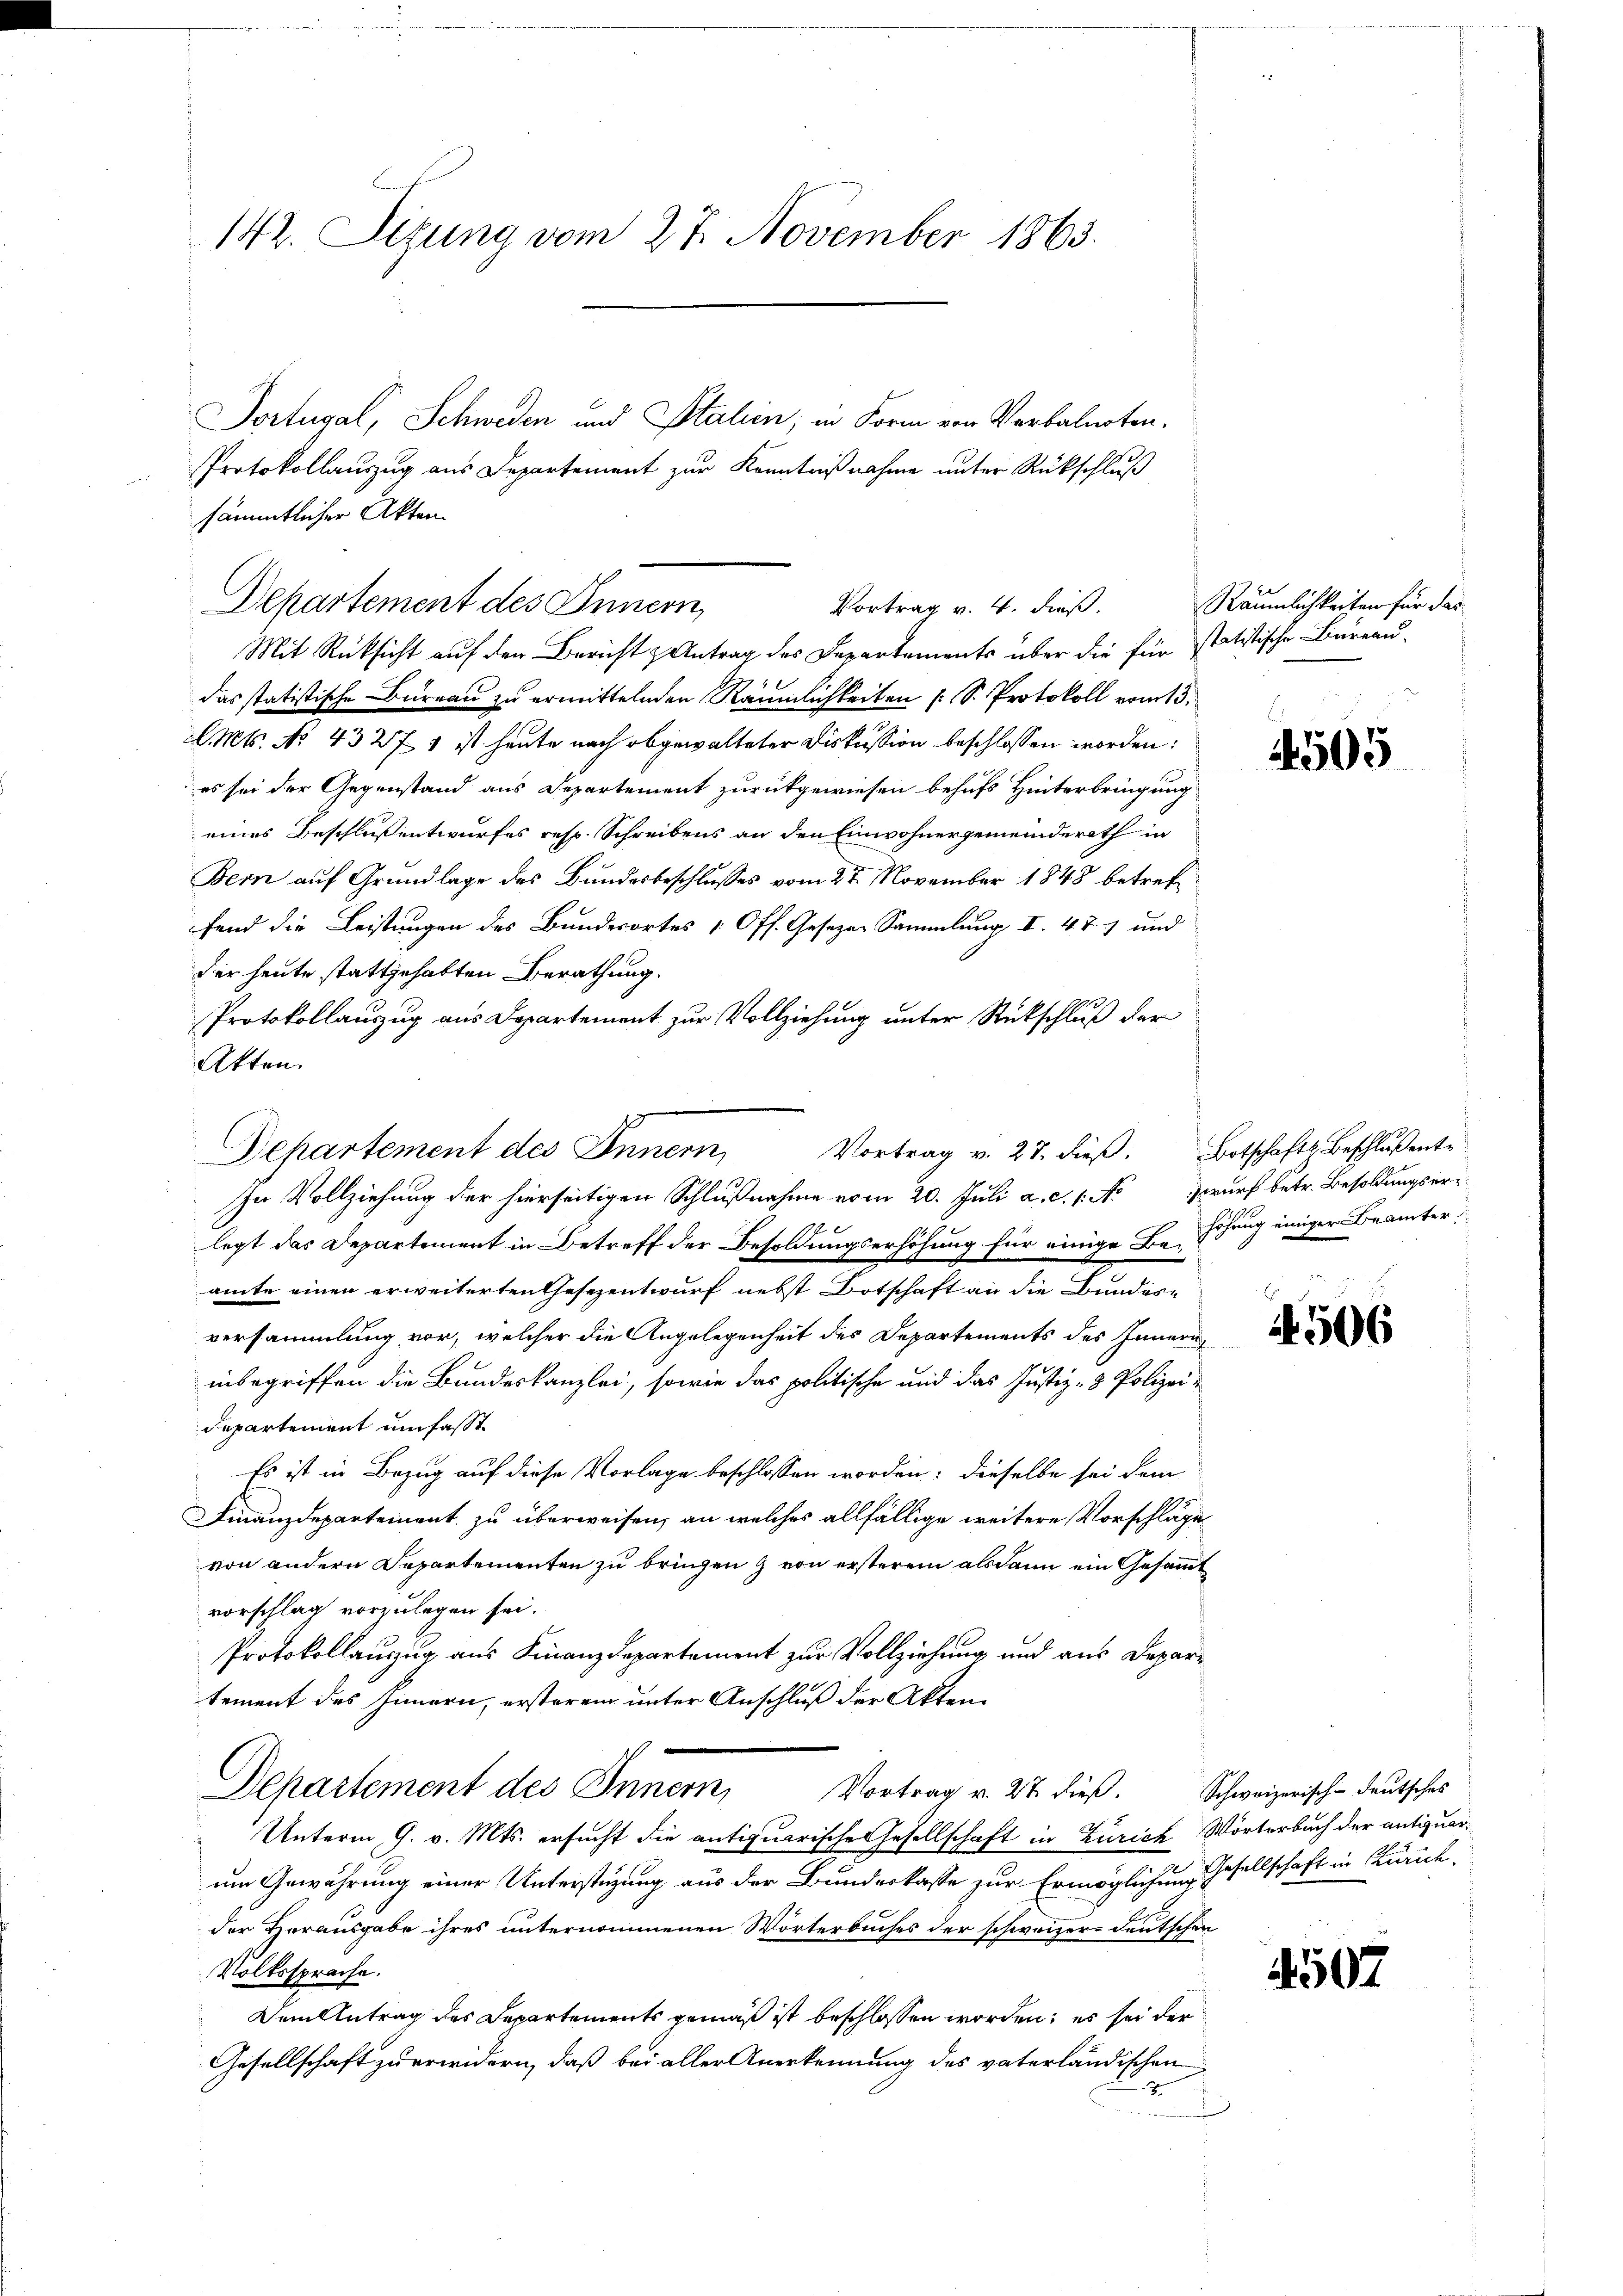
142. Sizung vom 27. November 1863.

Mit Rücksicht auf den Bericht & Antrag des Departements über die für statistische Büreau-
das statistische Bureau zu ermittelnden Räumlichkeiten (S. Protokoll vom 13.
. Mts. No 43271 ist heute nach abgewalteter Diskussion beschlossen worden:
es sei der Gegenstand aus Departement zurückgewiesen behufs Hinterbringung
eines Beschlussentwurfes resp. Schreibens an den Einwohnergemeinderath in
Bern auf Grundlage des Bundesbeschlusses vom 27. November 1848 betreffend die Leistungen des Bundesortes (Off. Gesezen Sammlung I. 47) und
der heute stattgehabten Berathung.
Protokollauszug aus Departement zur Vollziehung unter Rückschluß der
Akten.
Departement des Innern,
In Vollziehung der hierseitigen Schlußnahme vom 20. Juli a. c. 1. Nowurf betr. Besoldungserlegt das Departement in Betreff der Besoldungserhöhung für einige Beschung einiger Beamter,
amte einen erweiterten Gesezentwurf nebst Botschaft an die Bundesversammlung vor, welcher die Angelegenheit des Departements des Innern
inbegriffen die Bundeskanzlei, sowie das politische und das Justiz- & Polizeidepartement umfasst
Es ist in Bezug auf diese Vorlage beschlossen worden; dieselbe sei dem
Finanzdepartement zu überweisen, an welches allfällige weitere Vorschläge
von andern Departementen zu bringen & von ersterem alsdann ein Gesammt
vorschlag vorzulegen sei.
Protokollanzug aus Finanzdepartement zur Vollziehung und aus Departement des Innern, ersterem unter Anschluß der Akten
Departement des Innern,
Vortrag v. 27 dieß. Schweizerisch-deutsches
Unterm 9. v. Mts. ersucht die antiquarische Gesellschaft in Zürich Wörterbuch der antiquarum Gewährung einer Unterstüzung aus der Bunderkasse zur Ermöglichung Gesellschaft in Zürich.
der Herausgabe ihres unternommenen Wörterbuches der schweizer- deutschen
Volkssprache.
Dem Antrag des Departements gemäß ist beschlossen worden; es sei der
Gesellschaft zu erwidern, daß bei aller Anerkennung des vaterländischen

sämmtlicher Akten
Departement des Innern,
Vortrag v. 4. dieß.

Portugal, Schweden und Stalien, in Form von Verbalnoten.

Protokollauszug aus Departement zur Kenntnißnahme unter Rückschluß

Vortrag v. 27. dieβ. Botschaft Beschlußent¬

4505

4506

4507

Räumlichkeiten für das